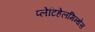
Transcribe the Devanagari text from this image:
प्लेटिहेलमिन्थेस